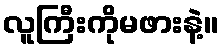
လူကြီးကိုမဖားနဲ့။